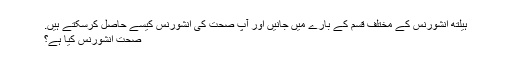
ہیلتھ انشورنس کے مختلف قسم کے بارے میں جانیں اور آپ صحت کی انشورنس کیسے حاصل کرسکتے ہیں.
صحت انشورنس کیا ہے؟